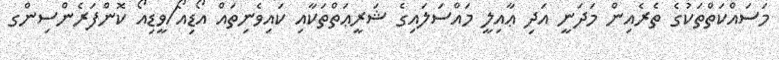
މަސައްކަތްތަކުގެ ތެރެއިން މަދަނީ އަދި ޢާއިލީ މައްސަލައިގެ ޝަރީޢަތްތަކާއި ކައިވެނިތައް އޯޑިއޯ/ވީޑިއޯ ކޮންފަރެންސިންގ